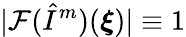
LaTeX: \vert\mathcal{F}(\hat{I}^{m})(\boldsymbol{\xi})\vert\equiv 1